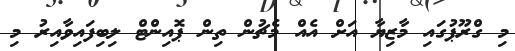
މި ގްރޫޕުގައި މާޒިޔާ އަށް އެއް މެޗުން ތިން ޕޮއިންޓް ލިބިފައިވާއިރު މި